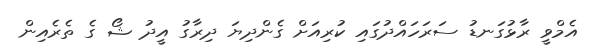
އެމްވީ ރާޅުގަނޑު ސަރަހައްދުގައި ކުރިއަށް ގެންދިޔަ ދިރާގު އީދު ޝޯ ގެ ތެރެއިން